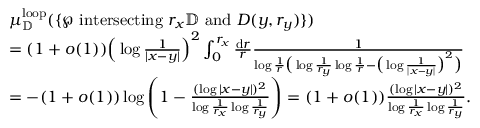
\begin{array} { r l } & { \mu _ { \mathbb { D } } ^ { \mathrm { l o o p } } ( \{ \wp \mathrm { ~ i n t e r s e c t i n g ~ } r _ { x } \mathbb { D } \mathrm { ~ a n d ~ } D ( y , r _ { y } ) \} ) } \\ & { = ( 1 + o ( 1 ) ) \Big ( \log \frac { 1 } { | x - y | } \Big ) ^ { 2 } \int _ { 0 } ^ { r _ { x } } \frac { \mathrm { d } r } { r } \frac { 1 } { \log \frac { 1 } { r } \big ( \log \frac { 1 } { r _ { y } } \log \frac { 1 } { r } - \big ( \log \frac { 1 } { | x - y | } \big ) ^ { 2 } \big ) } } \\ & { = - ( 1 + o ( 1 ) ) \log \left( 1 - \frac { ( \log | x - y | ) ^ { 2 } } { \log \frac { 1 } { r _ { x } } \log \frac { 1 } { r _ { y } } } \right) = ( 1 + o ( 1 ) ) \frac { ( \log | x - y | ) ^ { 2 } } { \log \frac { 1 } { r _ { x } } \log \frac { 1 } { r _ { y } } } . } \end{array}